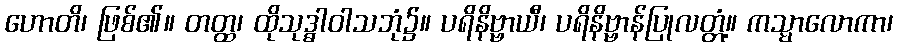
ဟောတိ၊ ဖြစ်၏။ တတ္ထ၊ ထိုသုဒ္ဓါဝါသဘုံ၌။ ပရိနိဗ္ဗာယီ၊ ပရိနိဗ္ဗာန်ပြုလတ္တံ့။ ကသ္မာလောကာ၊